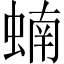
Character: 蝻